Magi,_Artur, lk 14
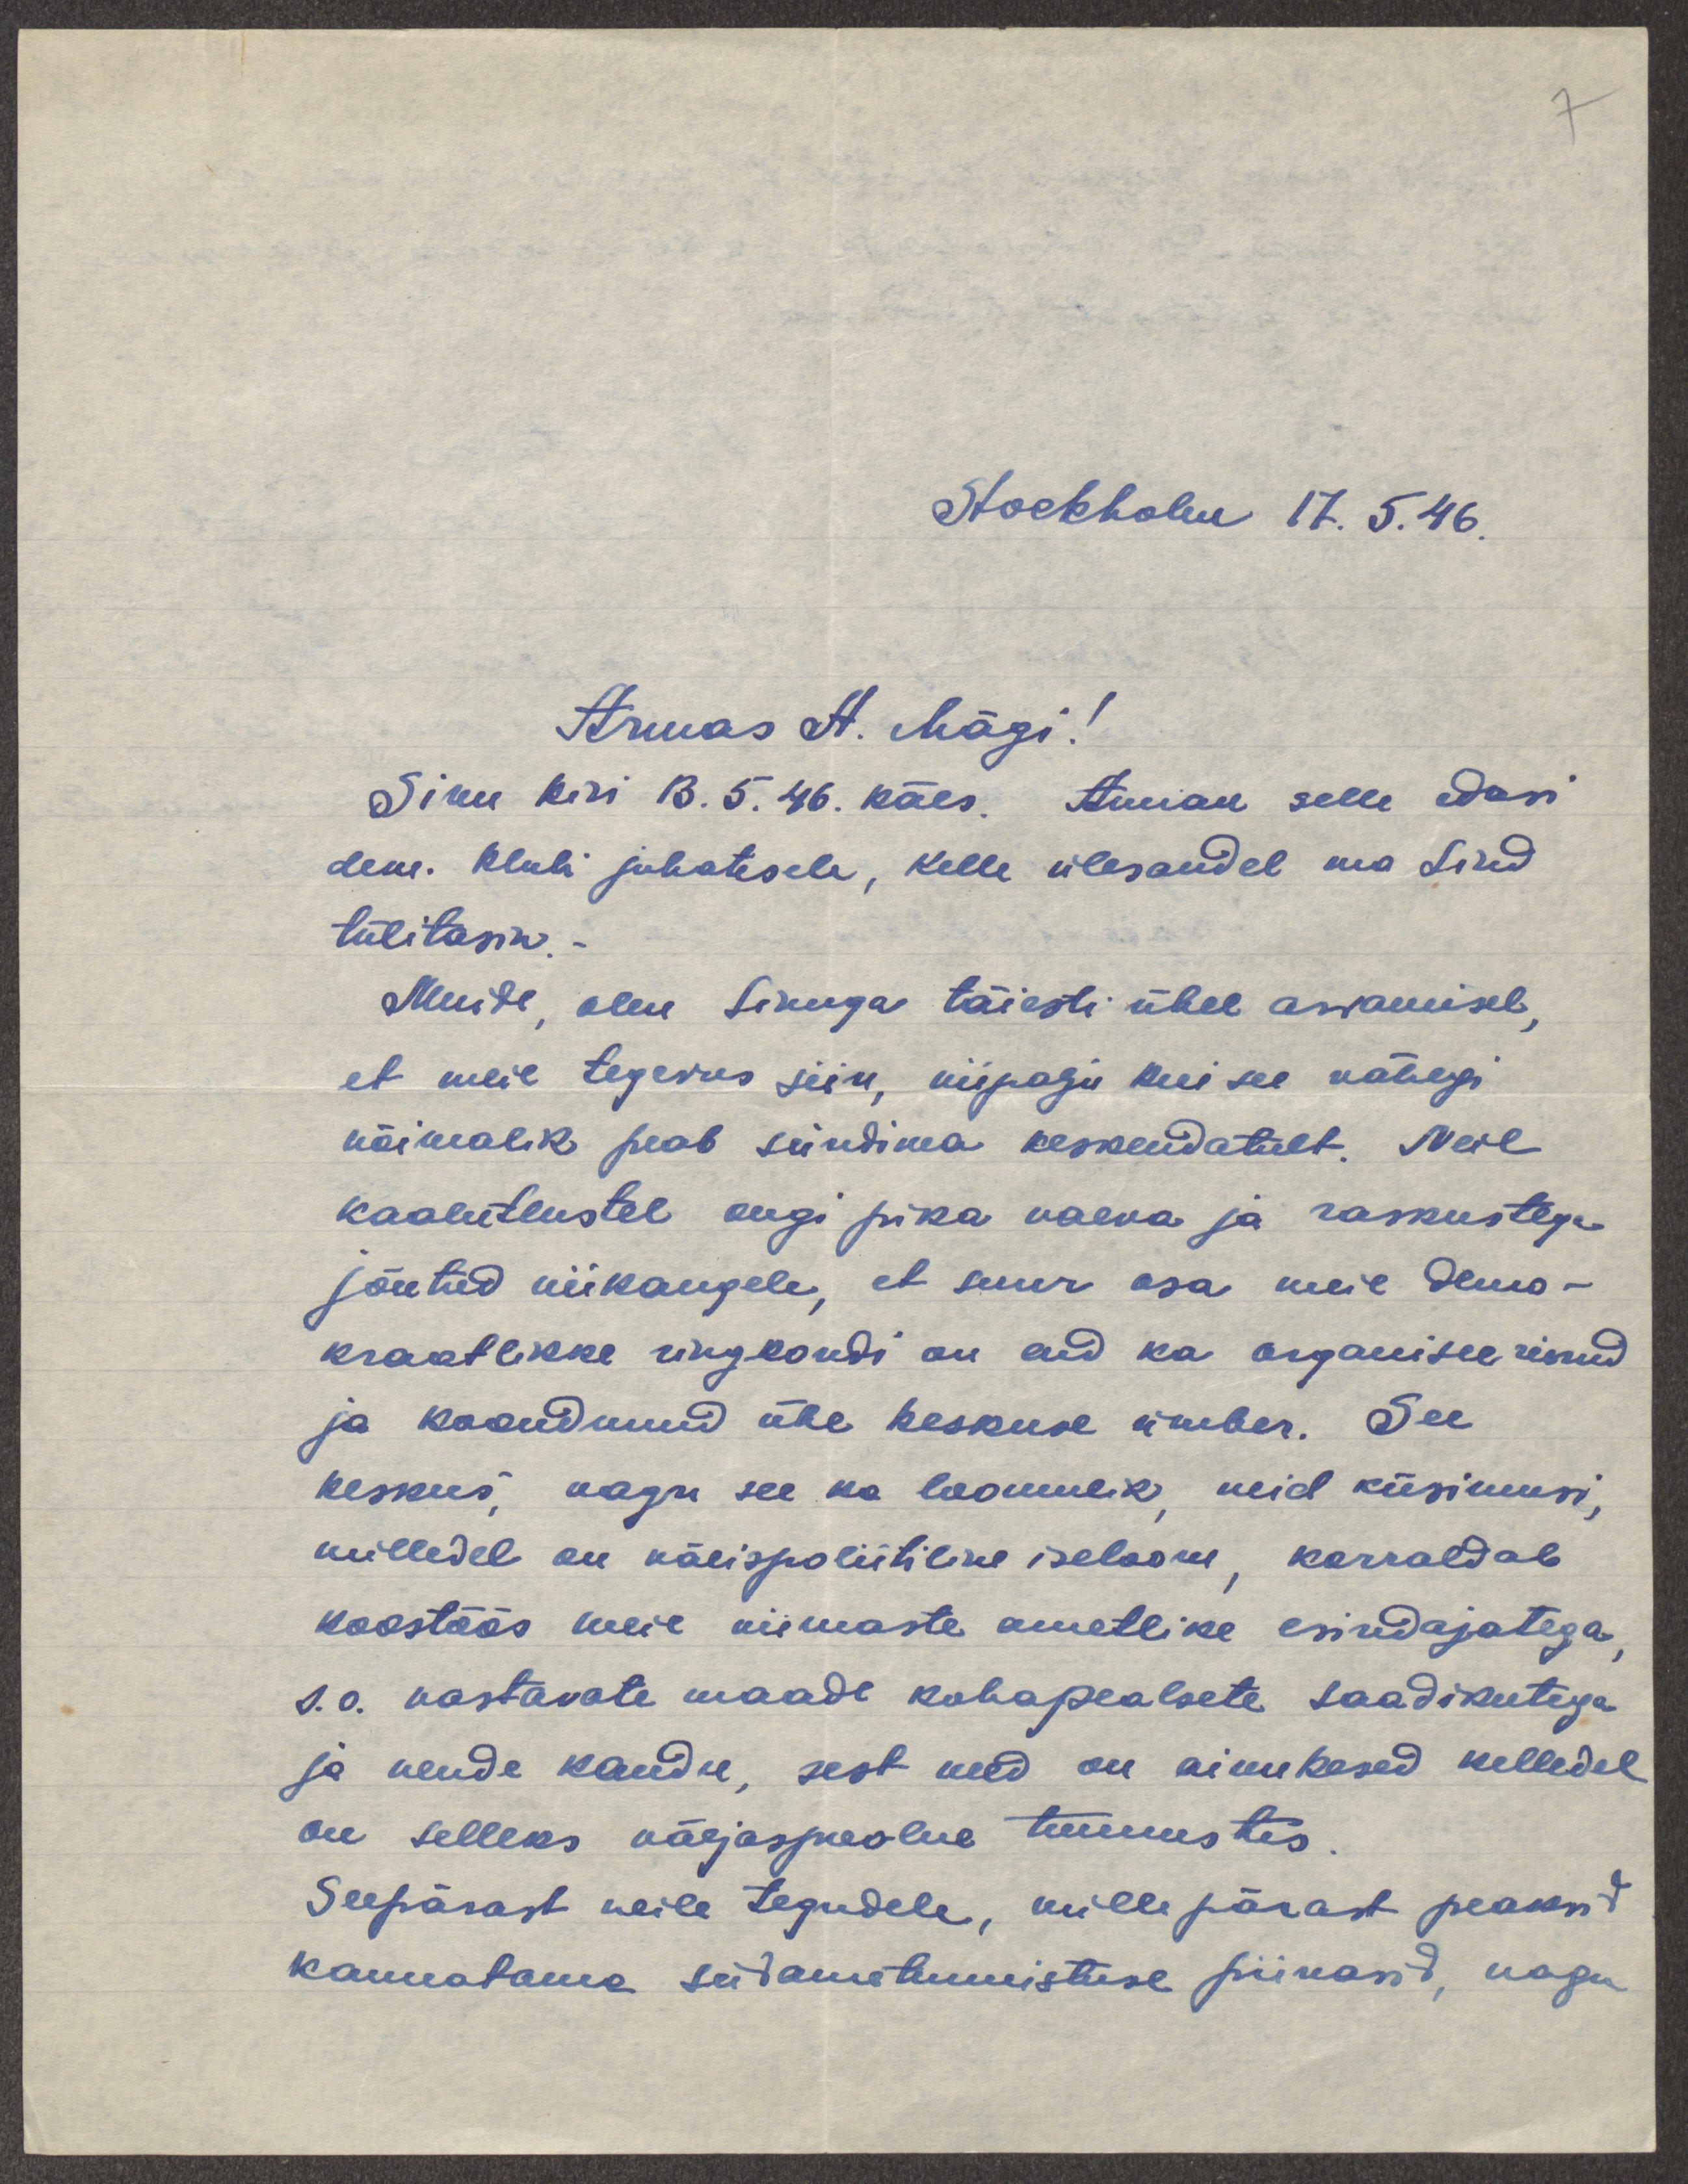
Stockholm 17.5.46.
Armas A. Mägi!
Sinu kiri 13.5.46. käes. Annan selle edasi
dem. klubi juhatesele, kelle ülesandel ma Sind
tülitasin. -
Muide, olen Sinuga täiesti ühel arvamisel,
et meie tegevus siin, niipalju kui see vähegi
võimalik peab sündima keskendatult. Neil
kaalutlustel ongi pika vaeva ja raskustega
jõutud niikaugele, et suur osa meie demo-
kraatlikke ringkondi on end ka organiseerinud
ja koondunud ühe keskuse ümber. See
keskus, nagu see ka loomulik, neid küsimusi,
milledel on välispoliitiline iseloom, korraldab
koostöös meie viimaste ametlike esindajatega,
s.o vastavate maade kohapealsete saadikutega
ja nende kaudu, sest need on ainukesed kelledel
on selleks väljaspoolne tunnustus.
Seepärast neile tegudele, mille pärast peaksid
kannatama südametunnistuse piinasid, nagu